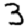
Digit: 3